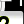
Digit: 2